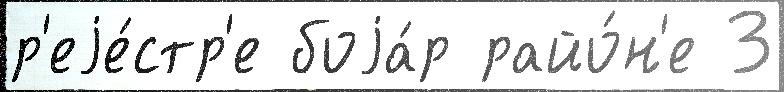
р'еjе́стр'е боjа́р райо́н'е 3